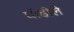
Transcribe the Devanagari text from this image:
घोडीले